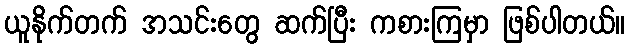
ယူနိုက်တက် အသင်းတွေ ဆက်ပြီး ကစားကြမှာ ဖြစ်ပါတယ်။